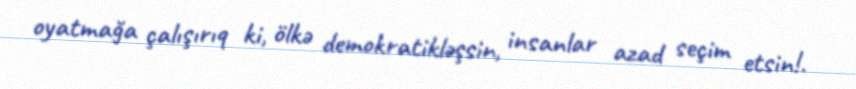
oyatmağa çalışırıq ki, ölkə demokratikləşsin, insanlar azad seçim etsin!.